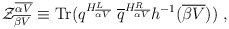
\begin{align*} {\cal Z}^{\overline {\alpha V}}_{\overline {\beta V}} \equiv \mbox{Tr} ( q^{H^L_{\overline {\alpha V}}} ~{\overline q}^{H^R_{\overline {\alpha V}}} h^{-1} ({\overline {\beta V}})) ~,\end{align*}